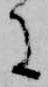
に